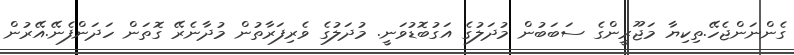
ގެންނަންޖެހޭ.ތިކިޔާ މަޖޫރީންގެ ސަބަބުން މުދަލުގެ އަގުބޮޑުވަނީ. މުދަލުގެ ވެރިފަރާތުން މުދާނެރޭ ގޮތަން ހަދަންފެނޭ.އޭރުން